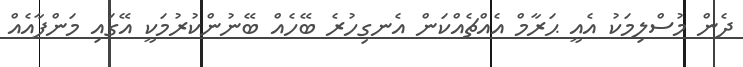
ދެން މުސްލިމަކު އެއީ ޙަރާމް އެއްޗެއްކަން އެނގިހުރެ ބޭހެއް ބޭނުންކުރުމަކީ އޭގައި މަންފާއެއް